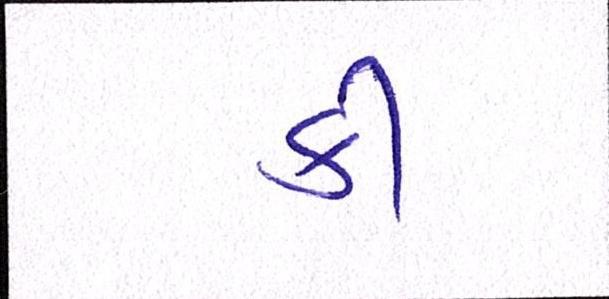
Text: કી